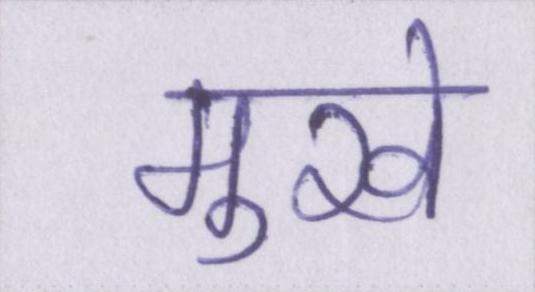
मुखे